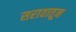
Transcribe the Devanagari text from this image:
सरावातून